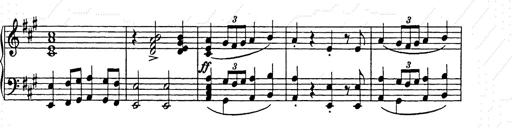
Title: Weihnachtsbaum
Composer: Franz Liszt